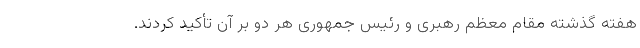
هفته گذشته مقام معظم رهبری و رئیس جمهوری هر دو بر آن تأکید کردند.